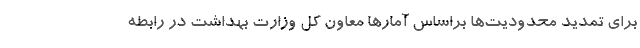
برای تمدید محدودیت‌ها براساس آمارها معاون کل وزارت بهداشت در رابطه